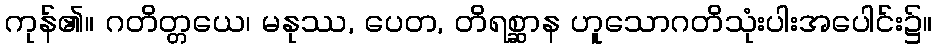
ကုန်၏။ ဂတိတ္တယေ၊ မနုဿ, ပေတ, တိရစ္ဆာန ဟူသောဂတိသုံးပါးအပေါင်း၌။